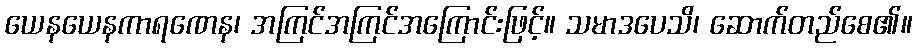
ယေနယေနကာရဏေန၊ အကြင်အကြင်အကြောင်းဖြင့်။ သမာဒပေသိ၊ ဆောက်တည်စေ၏။